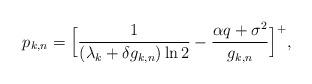
LaTeX: \begin{align*} {p_{k,n}} = {\Big[ {\frac{1}{{\left( {{\lambda _k} + \delta {g_{k,n}}} \right)\ln 2}} - \frac{{\alpha q + {\sigma ^2}}}{{{g_{k,n}}}}} \Big]^ + },\end{align*}